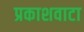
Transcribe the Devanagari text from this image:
प्रकाशवाटा